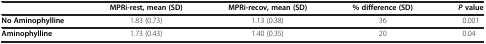
|  | MPRi-rest, mean (SD) | MPRi-recov, mean (SD) | % difference (SD) | P value |
 | --- | --- | --- | --- | --- |
 | No Aminophylline | 1.83 (0.73) | 1.13 (0.38) | 36 | 0.001 |
 | Aminophylline | 1.73 (0.43) | 1.40 (0.35) | 20 | 0.04 |